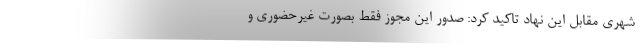
شهری مقابل این نهاد تاکید کرد: صدور این مجوز فقط بصورت غیرحضوری و